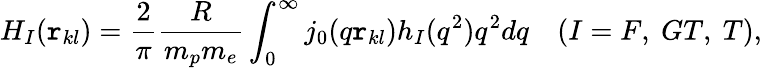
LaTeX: H_{I}(\mathtt{r}_{kl})=\frac{{2}}{{\pi}}\frac{{R}}{{m_{p}m_{e}}}\int_{0}^{\infty}j_{0}(q\mathtt{r}_{kl})h_{I}(q^{2})q^{2}dq~~~~(I=F,~GT,~T),